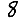
Digit: 8